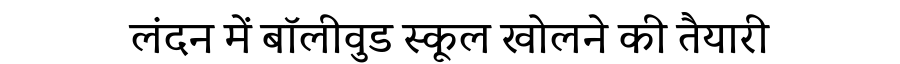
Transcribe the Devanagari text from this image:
लंदन में बॉलीवुड स्कूल खोलने की तैयारी